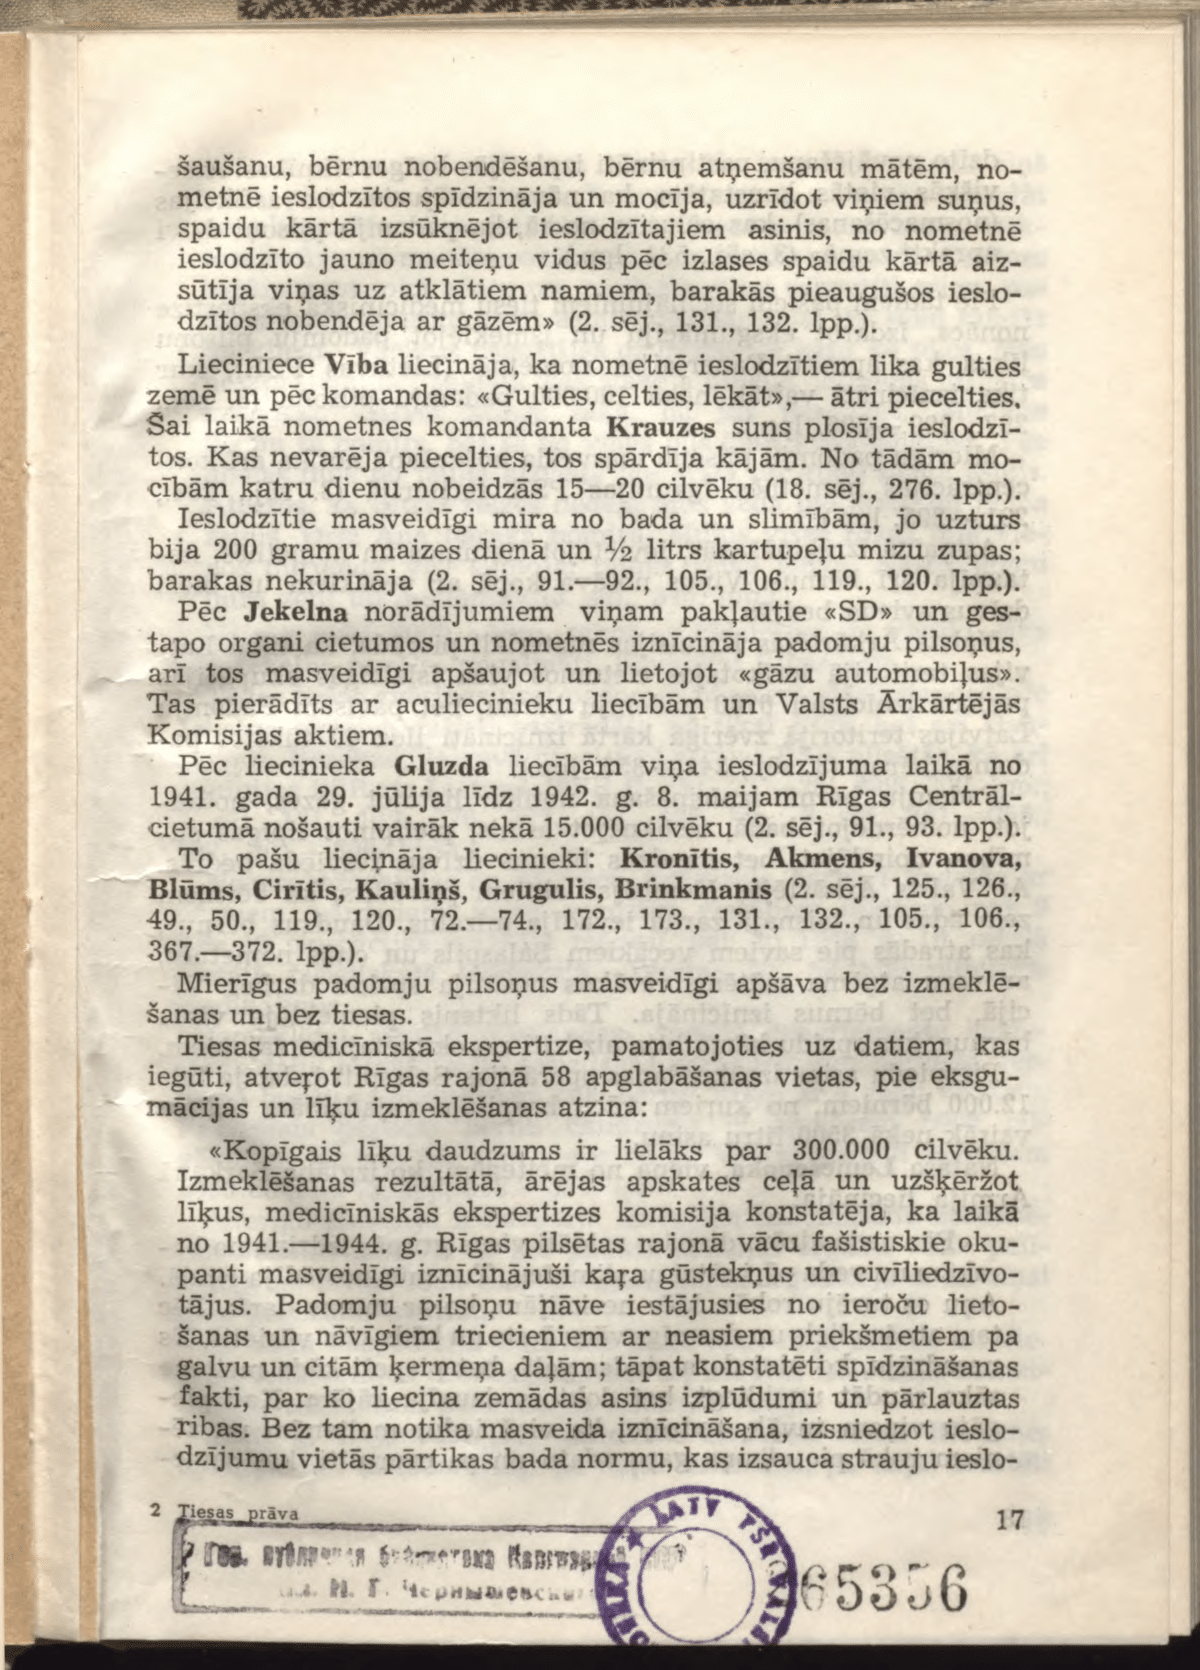
Language: lv